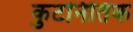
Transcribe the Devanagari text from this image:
कुटनितिक